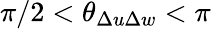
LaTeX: \pi/2<\theta_{\Delta u\Delta w}<\pi